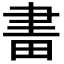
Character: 𤱪